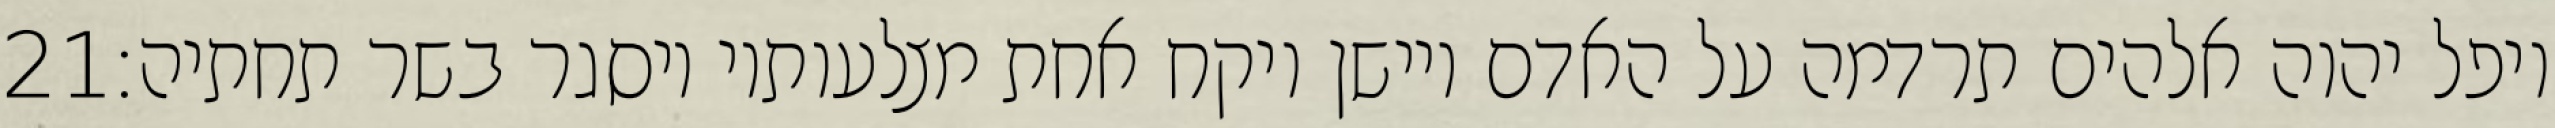
‎21‏ ויפל יהוה אלהים תרדמה על האדם ויישן ויקח אחת מצלעותיו ויסגר בשר תחתיה׃